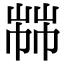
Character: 𢃷